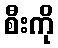
စီးကို